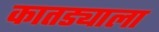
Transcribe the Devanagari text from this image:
कातड्याला